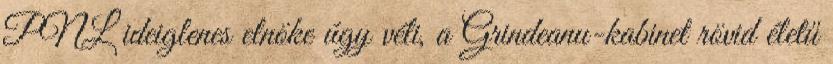
PNL ideiglenes elnöke úgy véli, a Grindeanu-kabinet rövid életű